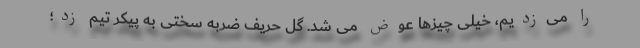
را می‌زدیم، خیلی چیزها عوض می شد. گل حریف ضربه سختی به پیکر تیم زد؛